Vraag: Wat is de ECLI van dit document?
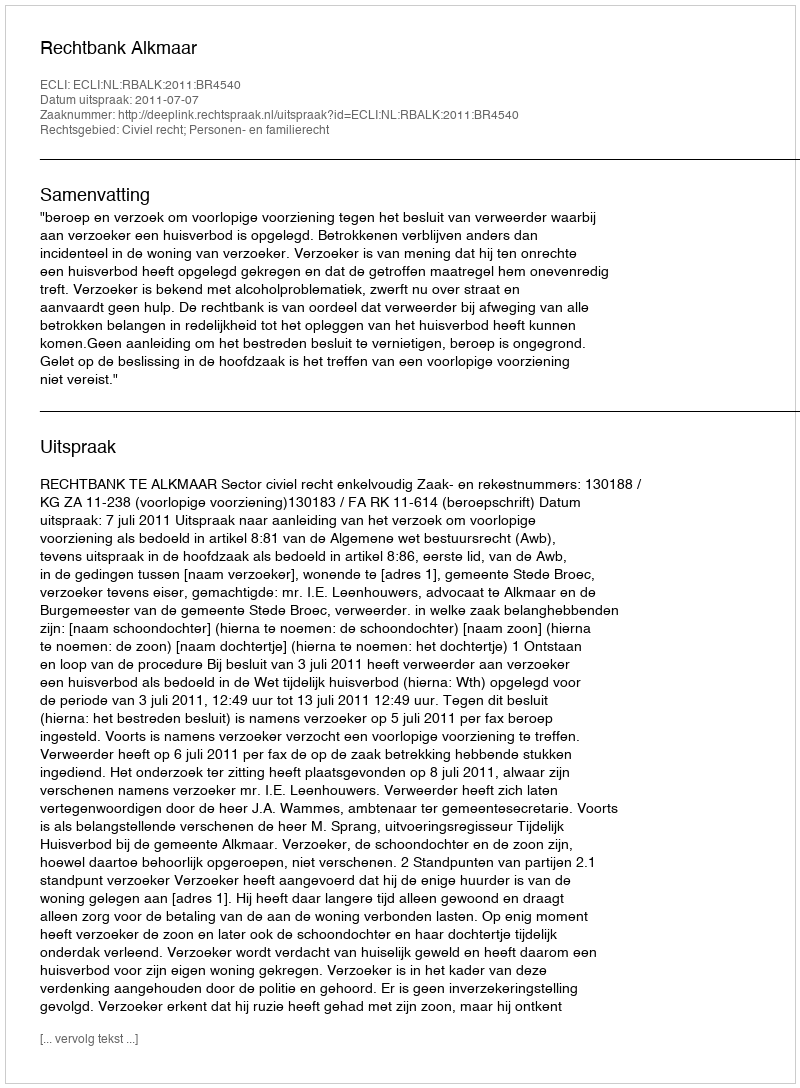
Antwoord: ECLI:NL:RBALK:2011:BR4540